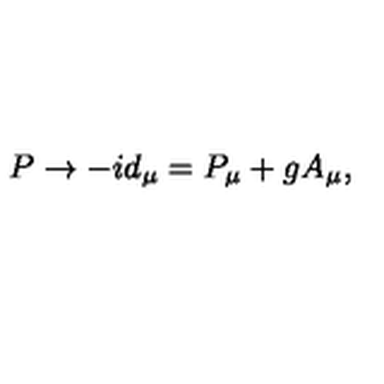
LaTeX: P \rightarrow - i d _ { \mu } = P _ { \mu } + g A _ { \mu } , \nonumber